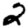
Digit: 2